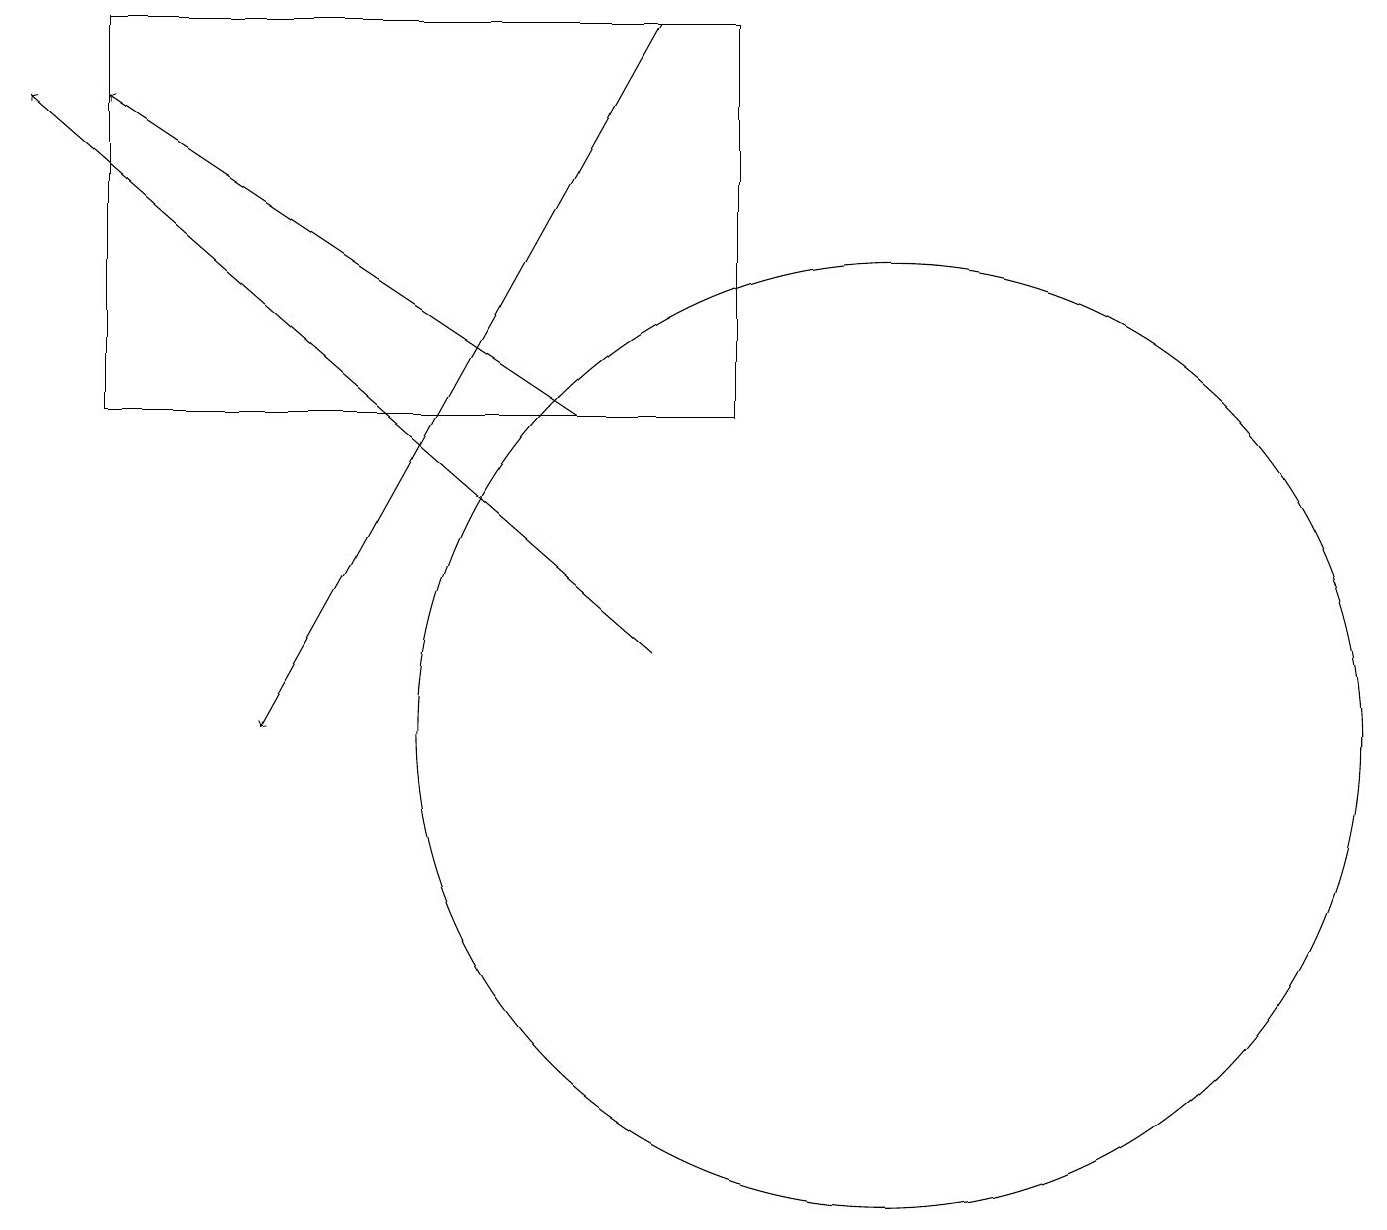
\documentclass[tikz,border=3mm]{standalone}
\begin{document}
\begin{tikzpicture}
\draw[->] (8,19) -- (3,10);
\draw[->] (7,14) -- (1,18);
\draw (11,10) circle (6);
\draw[->] (8,11) -- (0,18);
\draw (9,14) rectangle (1,19);
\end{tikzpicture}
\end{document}